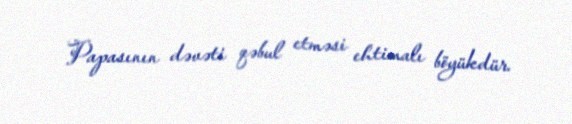
Papasının dəvəti qəbul etməsi ehtimalı böyükdür.